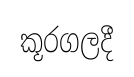
කූරගලදී